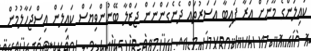
ކައިލަންގެ މޫނަށް އަރާ ފައިބާ އަސަރުތައް ދެނެގަންނަން ޖަޒްލާ ބޭނުންވިޔަސް ކައިލަން އިސްޖަހާލުމުން